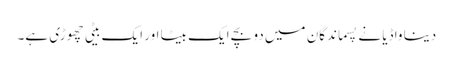
دینا واڈیا نے پسماندگان میں دو بچے ایک بیٹا اور ایک بیٹی چھوڑی ہے۔